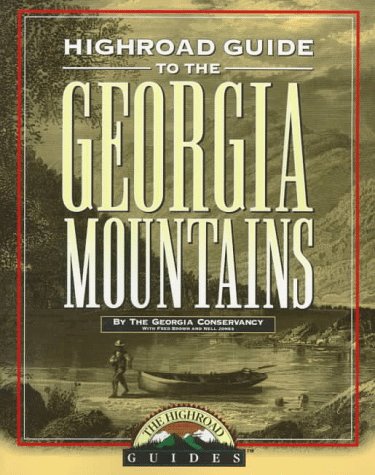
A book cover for Longstreet Highroad Guide to the Georgia Mountains (Longstreet Highlands Innactive Series); Travel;